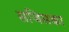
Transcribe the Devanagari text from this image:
सजिसका